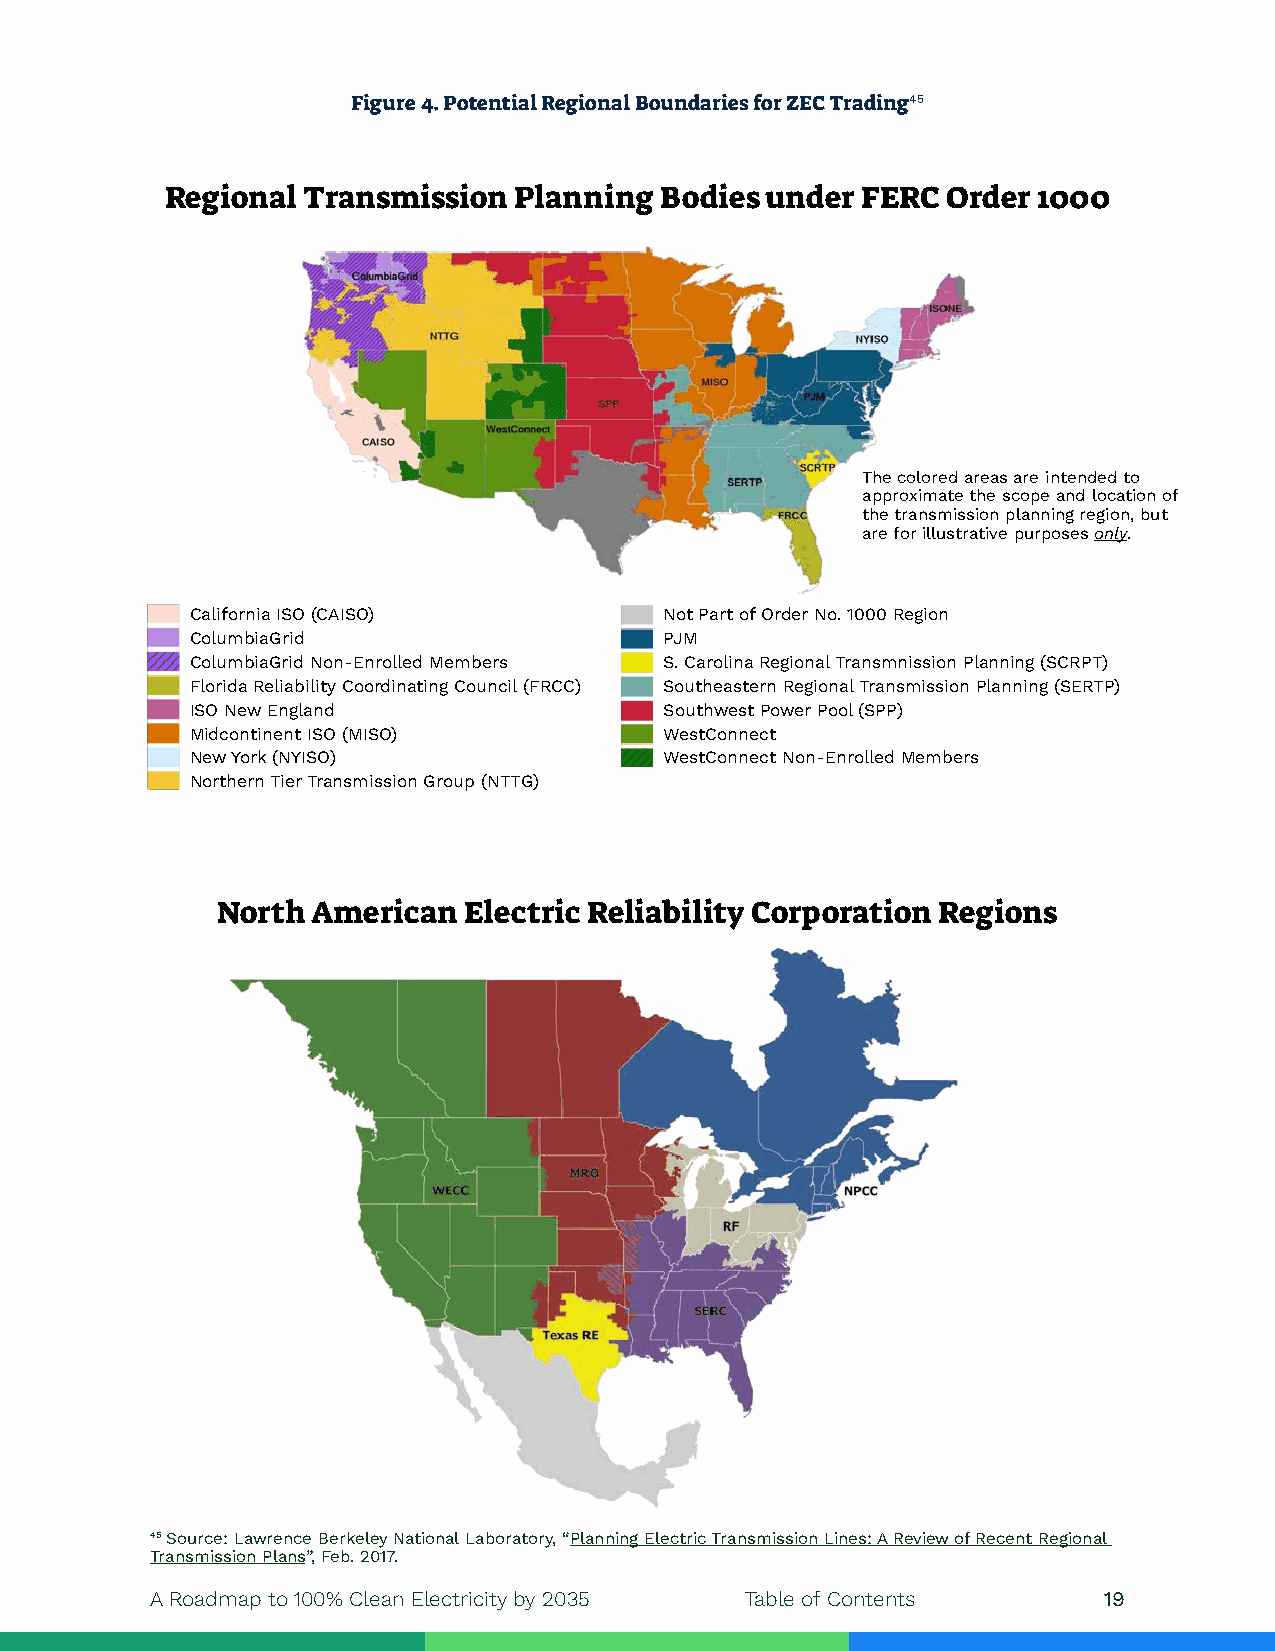
Order     No.   1000
 Transmission Planning      Regions
 Order No. 1000
 Transmission Planning Regions
 Figure 4. Potential Regional Boundaries for ZEC Trading45
 Order No. 1000
 Regional Transmission  Planning  Bodies under FERC  Order 1000
 Transmission Planning Regions
 The colored areas are intended to
 approximate the scope and location of
 the transmission planning region, but
 are for illustrative purposes only.
 California ISO (CAISO)         Not Part of Order No. 1000 Region
 ColumbiaGrid                   PJM
 ColumbiaGrid Non-Enrolled Members S. Carolina Regional Transmnission Planning (SCRPT)
 Florida Reliability Coordinating Council (FRCC) Southeastern Regional Transmission Planning (SERTP)
 ISO New England                Southwest Power Pool (SPP)
 Midcontinent ISO (MISO)        WestConnect
 New York (NYISO)               WestConnect Non-Enrolled Members
 Northern Tier Transmission Group (NTTG)
 North  American  Electric Reliability Corporation Regions
 45 Source: Lawrence Berkeley National Laboratory, “Planning Electric Transmission Lines: A Review of Recent Regional
 Transmission Plans”, Feb. 2017.
 A Roadmap to 100% Clean Electricity by 2035 Table of Contents  19